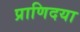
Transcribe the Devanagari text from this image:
प्राणिदया